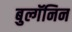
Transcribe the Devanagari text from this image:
बुल्गॅनिन